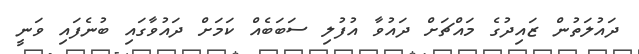
ދައުލަތުން ޒައިދުގެ މައްޗަށް ދައުވާ އުފުލި ސަބަބެއް ކަމަށް ދައުވާގައި ބުނެފައި ވަނީ